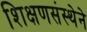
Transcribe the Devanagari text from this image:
शिक्षणसंस्थेने